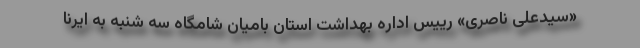
«سیدعلی ناصری» رییس اداره بهداشت استان بامیان شامگاه سه شنبه به ایرنا